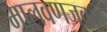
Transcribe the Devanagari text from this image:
मालवणजवळ